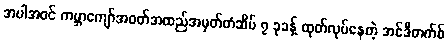
အပါအဝင် ကမ္ဘာကျော်အဝတ်အထည်အမှတ်တံဆိပ် ၇ ခုခန့် ထုတ်လုပ်နေတဲ့ အင်ဒီတက်စ်